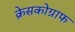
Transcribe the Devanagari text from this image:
क्रेसकोग्राफ